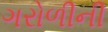
ગરોળીની